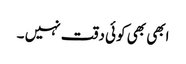
ابھی بھی کوئی دقت نہیں‌ ۔